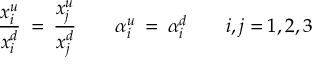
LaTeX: \frac { x _ { i } ^ { u } } { x _ { i } ^ { d } } \: = \: \frac { x _ { j } ^ { u } } { x _ { j } ^ { d } } \qquad \alpha _ { i } ^ { u } \: = \: \alpha _ { i } ^ { d } \quad \quad i , j = 1 , 2 , 3